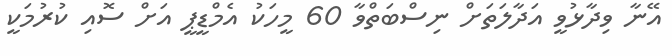
އޭނާ ވިދާޅުވީ އަދާލަތަށް ނިސްބަތްވާ 60 މީހަކު އެމްޑީޕީ އަށް ސޮއި ކުރުމަކީ